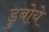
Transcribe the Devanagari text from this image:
डुबोये